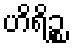
ဟိရိဉ္စ